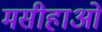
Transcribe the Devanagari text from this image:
मसीहाओं